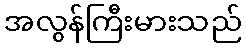
အလွန်ကြီးမားသည်